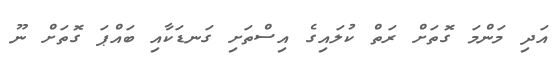
އަދި މަންމަ ގޮތަށް ރަތް ކުލައިގެ އިސްތަށި ގަނޑަކާއި ބައްޕަ ގޮތަށް ނޫ